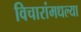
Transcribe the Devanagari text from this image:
विचारांमधल्या